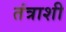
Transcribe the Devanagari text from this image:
तंत्राशी